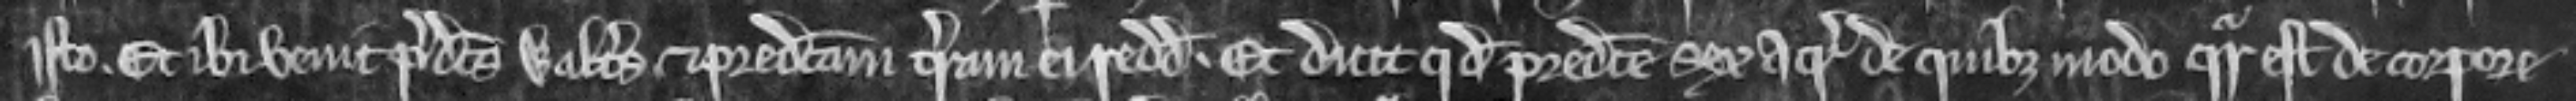
isto. Et ibi venit predictus Walterus et predictam terram ei reddidit. Et dicit quod predicte sex acre de quibus modo queritur est de corpore